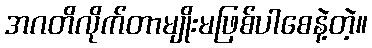
အဂတိလိုက်တာမျိုးမဖြစ်ပါစေနဲ့တဲ့။